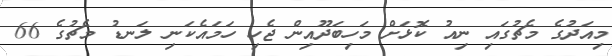
މިއަދުގެ މެޗުގައި ނިއު ކޮޅަށް މަހިބަދޫއިން ޖެހި ހަމައެކަނި ލަނޑު މެޗުގެ 66